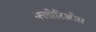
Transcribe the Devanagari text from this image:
फ्लोरिओस